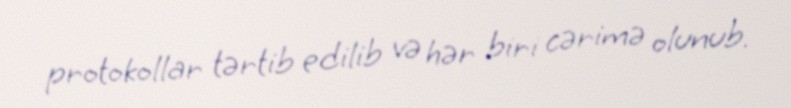
protokollar tərtib edilib və hər biri cərimə olunub.